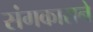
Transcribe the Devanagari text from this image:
संगकाराने